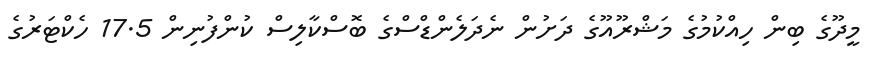
މީދޫގެ ބިން ހިއްކުމުގެ މަޝްރޫއޫގެ ދަށުން ނެދަލެންޑްސްގެ ބޮސްކާލިސް ކުންފުނިން 17.5 ހެކްޓަރުގެ